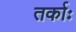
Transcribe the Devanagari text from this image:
तर्काः